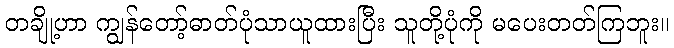
တချို့ဟာ ကျွန်တော့်ဓာတ်ပုံသာယူထားပြီး သူတို့ပုံကို မပေးတတ်ကြဘူး။